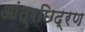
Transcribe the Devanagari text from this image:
आंत्रछिद्रण